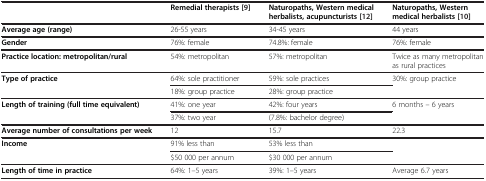
|  | Remedial therapists[9] | Naturopaths, Western medical herbalists, acupuncturists[12] | Naturopaths, Western medical herbalists[10] |
 | --- | --- | --- | --- |
 | Average age (range) | 26-55 years | 34-45 years | 44 years |
 | Gender | 76%: female | 74.8%: female | 76%: female |
 | Practice location: metropolitan/rural | 54%: metropolitan | 57%: metropolitan | Twice as many metropolitan as rural practices |
 | <ROWSPAN=2> Type of practice | 64%: sole practitioner | 59%: sole practices | <ROWSPAN=2> 30%: group practice |
 | 18%: group practice | 28%: group practice |
 | <ROWSPAN=2> Length of training (full time equivalent) | 41%: one year | 42%: four years | <ROWSPAN=2> 6 months – 6 years |
 | 37%: two year | (7.8%: bachelor degree) |
 | Average number of consultations per week | 12 | 15.7 | 22.3 |
 | <ROWSPAN=2> Income | 91% less than | 53% less than | <ROWSPAN=2>  |
 | $50 000 per annum | $30 000 per annum |
 | Length of time in practice | 64%: 1–5 years | 39%: 1–5 years | Average 6.7 years |